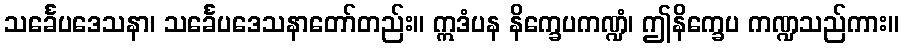
သင်္ခေပဒေသနာ၊ သင်္ခေပဒေသနာတော်တည်း။ ဣဒံပန နိက္ခေပကဏ္ဍံ၊ ဤနိက္ခေပ ကဏ္ဍသည်ကား။